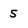
Character: 5